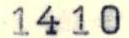
1410